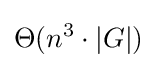
\Theta (n^{3}\cdot |G|)